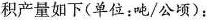
积产量如下(单位：吨/公顷)：